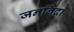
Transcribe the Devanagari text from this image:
जननिंदा